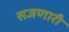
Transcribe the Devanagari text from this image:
सजणारी